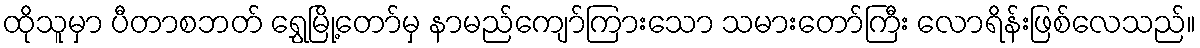
ထိုသူမှာ ပီတာစဘတ် ရွှေမြို့တော်မှ နာမည်ကျော်ကြားသော သမားတော်ကြီး လောရိန်းဖြစ်လေသည်။